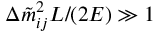
\Delta \Tilde { m } _ { i j } ^ { 2 } L / ( 2 E ) \gg 1